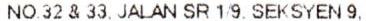
NO.32 & 33, JALAN SR 1/9, SEKSYEN 9,